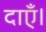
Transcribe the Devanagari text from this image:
दाएँ।